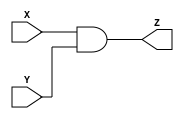
`timescale 1ns / 1ps
`default_nettype none

//  CS 141
//  Module Name: and32
//  Description: computes the bitwise OR of two 32-bit inputs

module and32(X, Y, Z);
    input wire [31:0] X, Y;
    output wire [31:0] Z;

    assign Z = X & Y;
endmodule